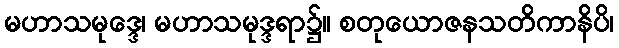
မဟာသမုဒ္ဒေ၊ မဟာသမုဒ္ဒရာ၌။ စတုယောဇနသတိကာနိပိ၊